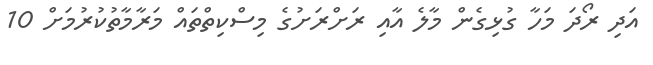
އަދި ރޯދަ މަހާ ގުޅިގެން މާލެ އާއި ރަށްރަށުގެ މިސްކިތްތައް މަރާމާތުކުރުމަށް 10